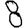
Digit: 8